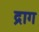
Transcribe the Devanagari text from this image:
द्राग